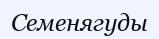
Семенягуды